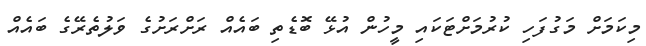
މިކަމަށް މަގުފަހި ކުރުމަށްޓަކައި މީހުން އުޅޭ ބޮޑެތި ބައެއް ރަށްރަށުގެ ވަލުތެރޭގެ ބައެއް